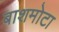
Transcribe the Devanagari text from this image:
बाशमोटा